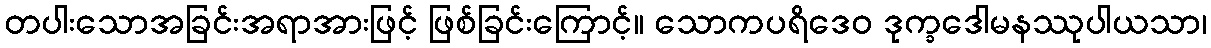
တပါးသောအခြင်းအရာအားဖြင့် ဖြစ်ခြင်းကြောင့်။ သောကပရိဒေဝ ဒုက္ခဒေါမနဿုပါယသာ၊